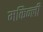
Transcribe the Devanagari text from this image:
मकिन्ली